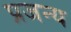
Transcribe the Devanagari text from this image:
प्रजन्य